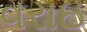
વરાઇ